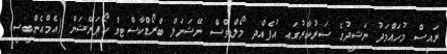
ރައީސް މުހައްމަދު ނަޝީދުގެ ސަރުކާރުގައި އުފެއްދި މޯލްޑިވްސް ނޭޝަނަލް ބްރޯޑްކާސްޓިވް ކޯޕަރޭޝަން (އެމްއެންބީސީ)